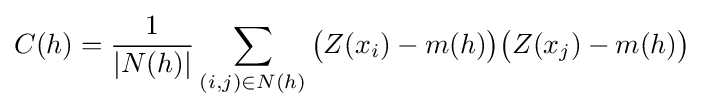
C(h)={\frac {1}{|N(h)|}}\sum _{(i,j)\in N(h)}{\big (}Z(x_{i})-m(h){\big )}{\big (}Z(x_{j})-m(h){\big )}